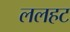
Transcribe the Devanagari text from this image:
ललहट